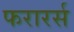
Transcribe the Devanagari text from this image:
फरारर्स